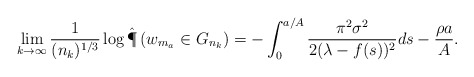
\begin{align*} \lim_{k \to \infty} \frac{1}{(n_k)^{1/3}} \log \hat{\P} \left( w_{m_a} \in G_{n_k} \right) = - \int_0^{a/A} \frac{\pi^2 \sigma^2}{2(\lambda - f(s))^2} ds - \frac{\rho a}{A}.\end{align*}